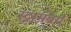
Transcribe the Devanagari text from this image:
स्ट्रामबर्ग